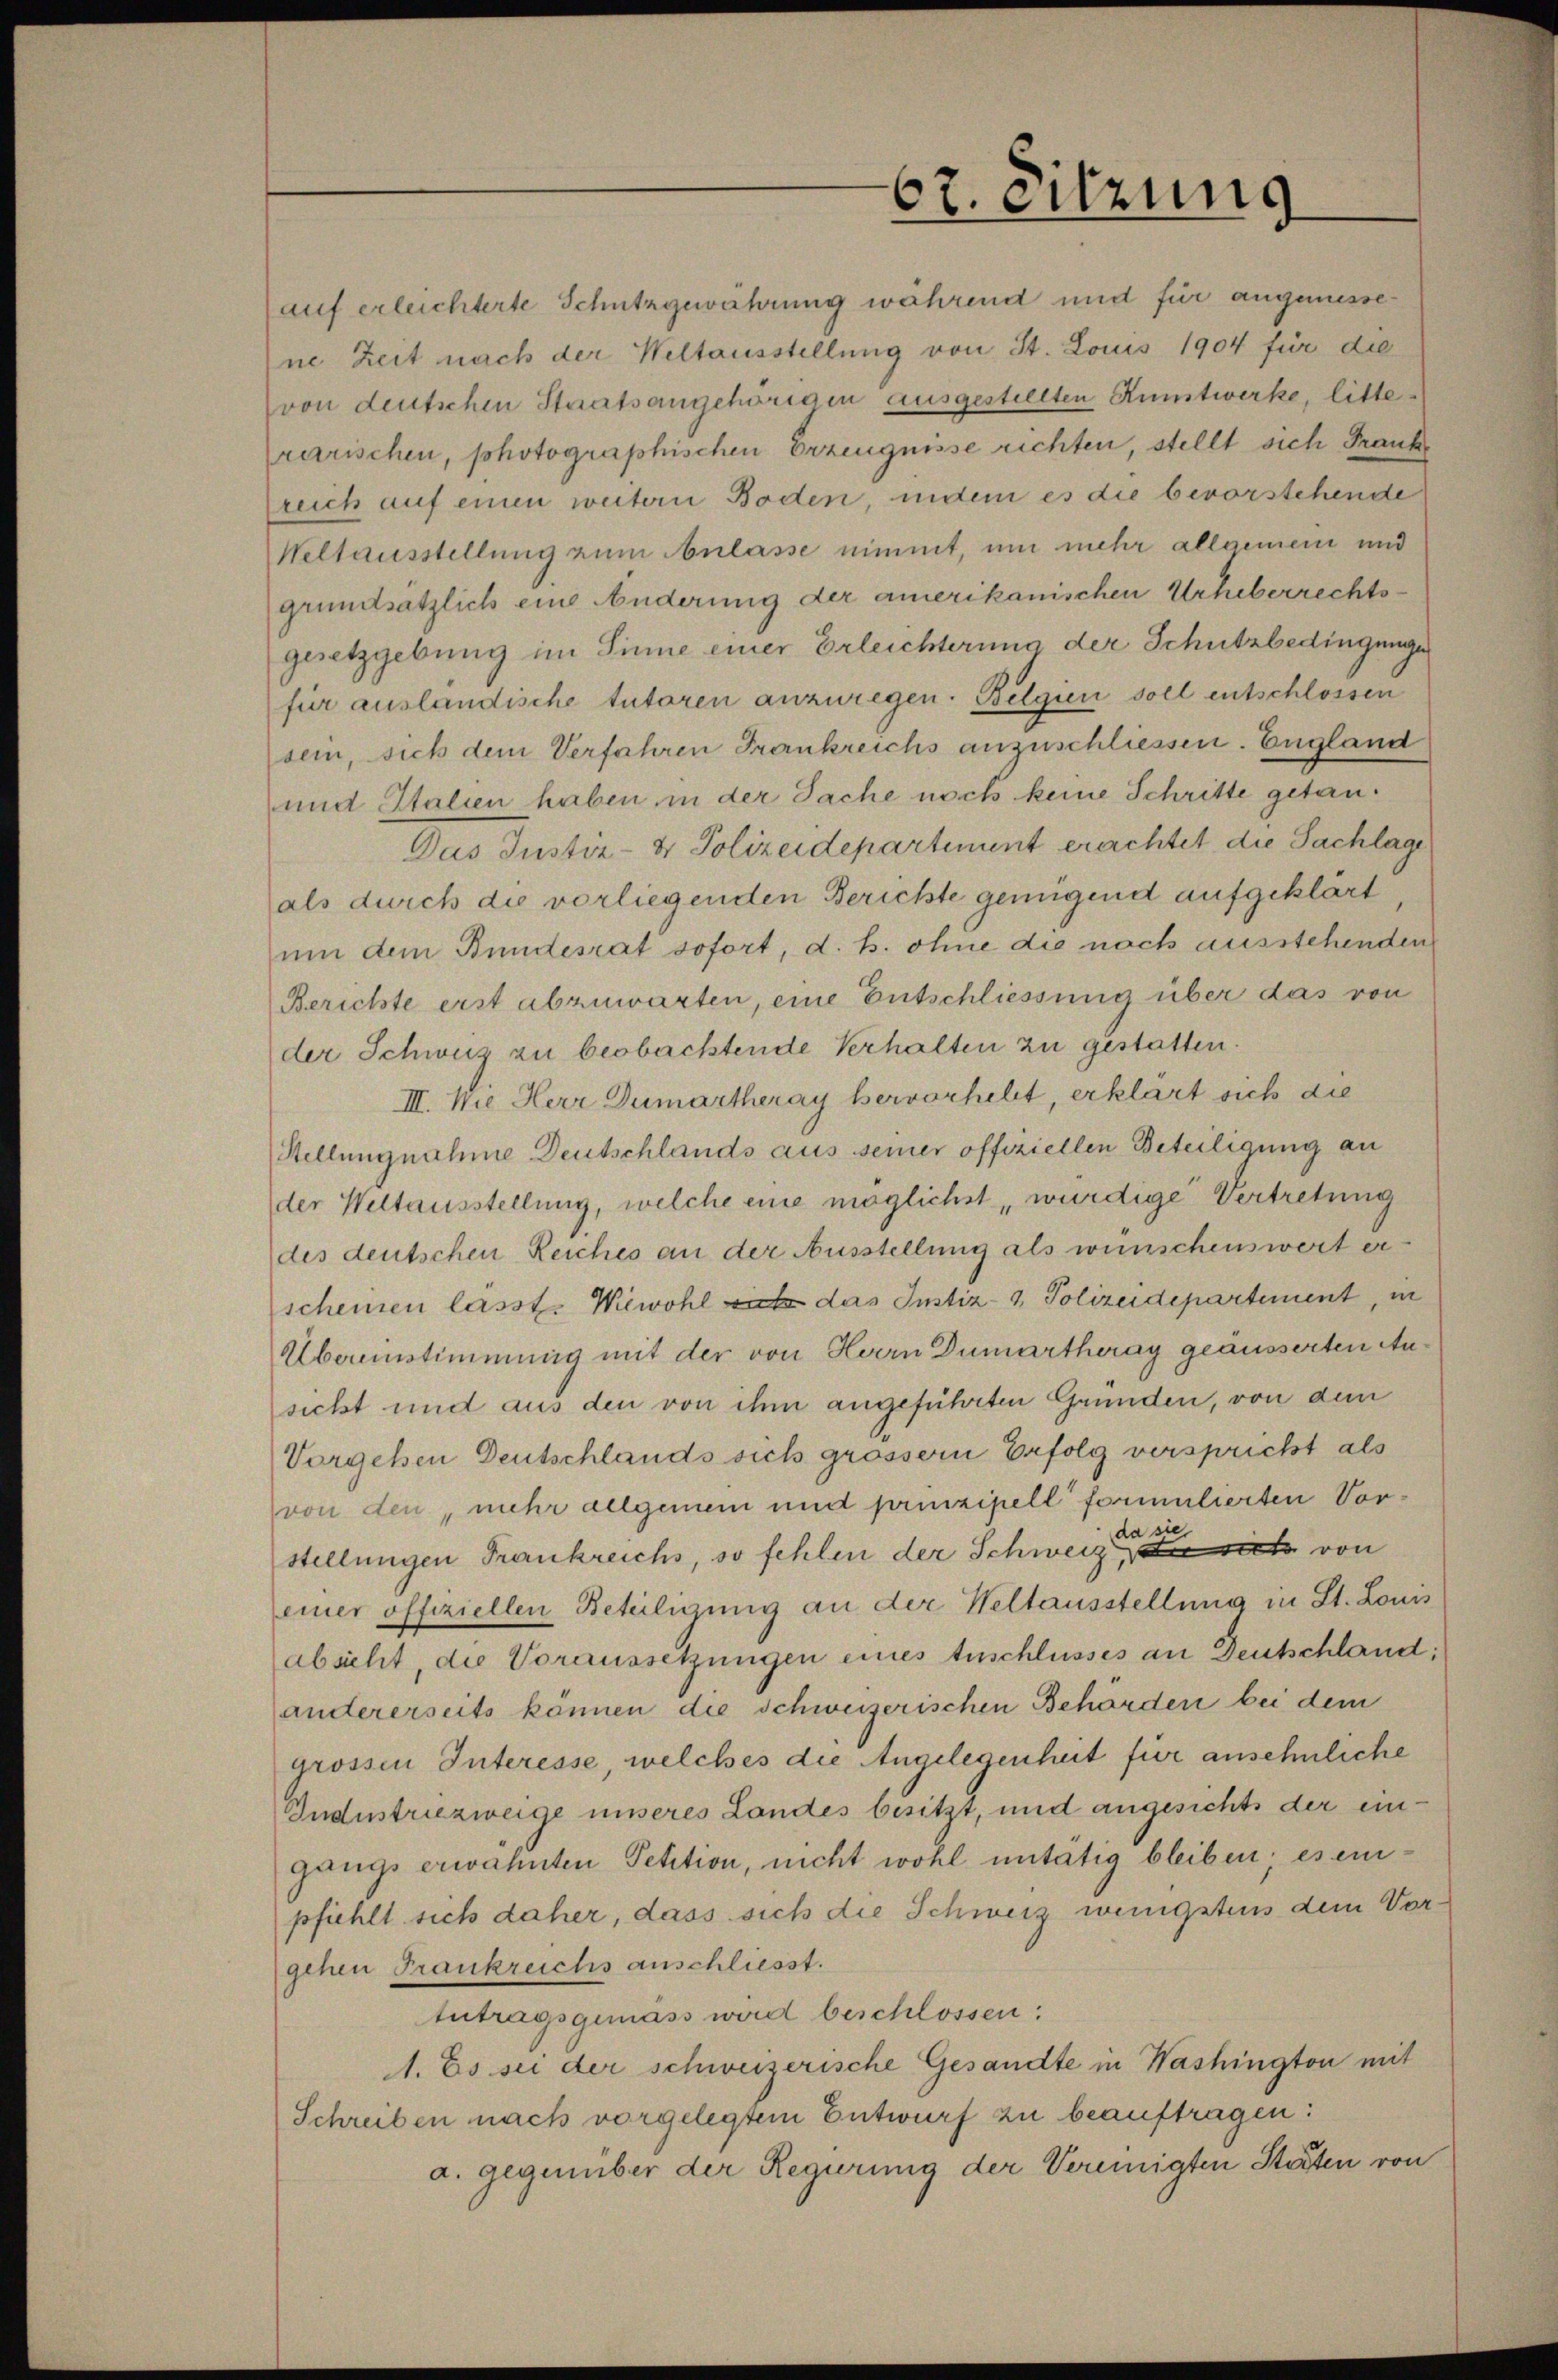
auf erleichterte Schutzgewährung wahrend und für angemessene Zeit nach der Weltausstellung von St. Louis 1904 für die
von deutschen Staatsangehörigen ausgestellten Kunstwerke, litterarischen, photographischen Erzeugnisse richten, stellt sich Franke
reich auf einen weitern Boden, indem es die bevorstehende
Weltausstellung zum Anlasse nimmt, um mehr allgemein und
grundsätzlich eine Änderung der amerikanischen Urheberrechts-
gesetzgebung im Sinne einer Erleichterung der Schutzbedingunge
für ausländische tutoren anzuregen. Belgien soll entschlossen
sein, sich dem Verfahren Frankreichs anzuschliessen. England
und Italien haben in der Sache noch keine Schritte getan¬
Das Justiz- & Polizeidepartement erachtet, die Sachlage
als durch die vorliegenden Berichte genügend aufgeklärt
um dem Bundesrat sofort, d. h. ohne die nach ausstehenden
Berichte erst abzuwarten, eine Entschliessung über das von

67. eitzung

der Schweiz zu beobachtende Verhalten zu gestatten.
III. Wie Herr Dumartheray hervorhebt, erklärt sich die
Stellungnahme Deutschlands aus seiner offiziellen Beteiligung an
der Weltausstellung, welche eine möglichst würdige Vertretung
des deutschen Reiches an der Ausstellung als wünschenswert er
scheinen lasst. Wiewohl et das Justiz- & Polizeidepartement, in
Übereinstimmung mit der von Herrn Dumartheray geäusserten Ausicht und aus den von ihm angeführten Gründen, von dem
Vorgehen Deutschlands sich grossern Erfolg verspricht als
von den, mehr allgemein und prinzipell formulierten Vorstellungen Frankreichs, so fehlen der Schweiz die sich von
einer offiziellen Beteiligung an der Weltausstellung in St. Louis
absicht, die Voraussetzungen eines tuschlusses an Deutschland;
andererseits können die schweizerischen Behörden bei dem
grossen Interesse, welches die Angelegenheit für ansehnliche
Industriezweige unseres Landes besitzt, und angesichts der eingangs erwähnten Petition, nicht wohl untätig bleiben; es empfiehlt sich daher, dass sich die Schweiz wenigstens dem Vorgehen Frankreichs anschliesst.
tutragsgemäss wird beschlossen:
A. Es sei der schweizerische Gesandte in Washington mit
Schreiben nach vorgelegtem Entwurf zu beauftragen:
a. gegenüber der Regierung der Vereinigten Stäten von